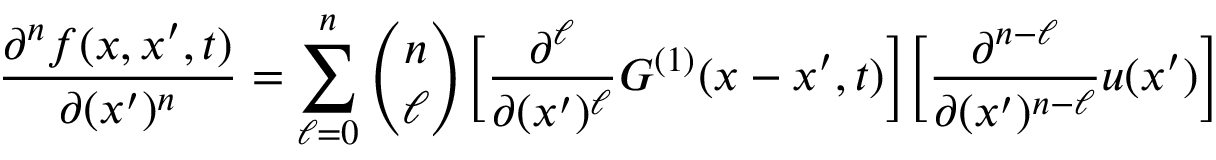
\frac { \partial ^ { n } f ( x , x ^ { \prime } , t ) } { \partial ( x ^ { \prime } ) ^ { n } } = \sum _ { \ell = 0 } ^ { n } \binom { n } { \ell } \bigg [ \frac { \partial ^ { \ell } } { \partial ( x ^ { \prime } ) ^ { \ell } } G ^ { ( 1 ) } ( x - x ^ { \prime } , t ) \bigg ] \bigg [ \frac { \partial ^ { n - \ell } } { \partial ( x ^ { \prime } ) ^ { n - \ell } } u ( x ^ { \prime } ) \bigg ]